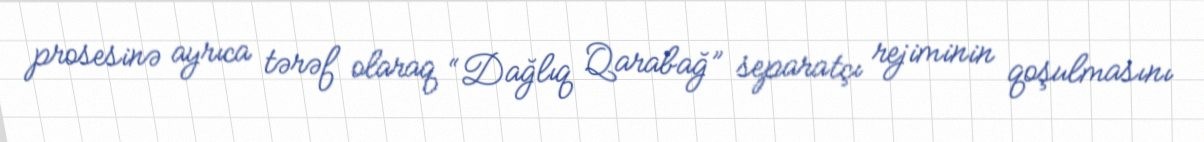
prosesinə ayrıca tərəf olaraq “Dağlıq Qarabağ” separatçı rejiminin qoşulmasını